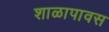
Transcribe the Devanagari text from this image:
शाळापावस